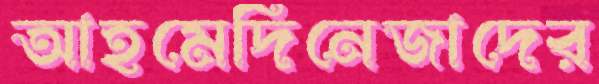
আহমেদিনেজাদের